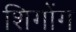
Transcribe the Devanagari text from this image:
शिगोंग